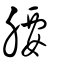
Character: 𦝫